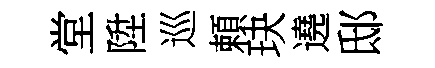
堂陞巡頼玦遶邸